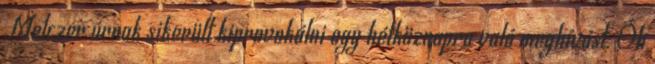
Melczer úrnak sikerült kiprovokálni egy hétköznapra való meghívást. Óh